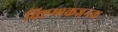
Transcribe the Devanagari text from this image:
विष्टम्भकजनक